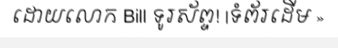
ដោយលោក Bill ទូរស័ព្ទ! |ទំព័រដើម »